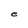
Character: e